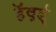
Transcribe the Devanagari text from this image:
हॅव़र्ड्